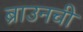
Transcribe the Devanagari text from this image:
ब्राउनची